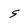
Character: S